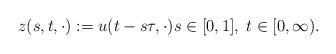
LaTeX: \begin{align*} z(s, t, \cdot) := u(t - s \tau, \cdot) s \in [0, 1], \; t \in [0, \infty). \end{align*}